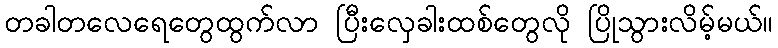
တခါတလေရေတွေထွက်လာ ပြီးလှေခါးထစ်တွေလို ပြိုသွားလိမ့်မယ်။